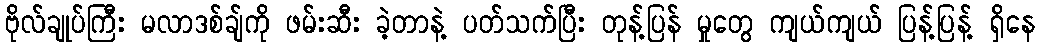
ဗိုလ်ချုပ်ကြီး မလာဒစ်ချ်ကို ဖမ်းဆီး ခဲ့တာနဲ့ ပတ်သက်ပြီး တုန့်ပြန် မှုတွေ ကျယ်ကျယ် ပြန့်ပြန့် ရှိနေ